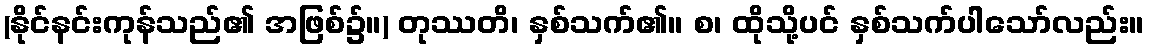
(နိုင်နင်းကုန်သည်၏ အဖြစ်၌။) တုဿတိ၊ နှစ်သက်၏။ စ၊ ထိုသို့ပင် နှစ်သက်ပါသော်လည်း။